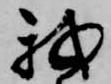
我